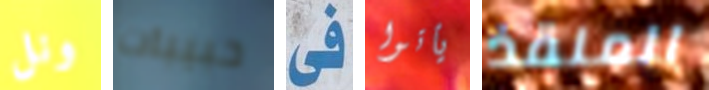
ونل حبيبات فى يأتوا المنقذ